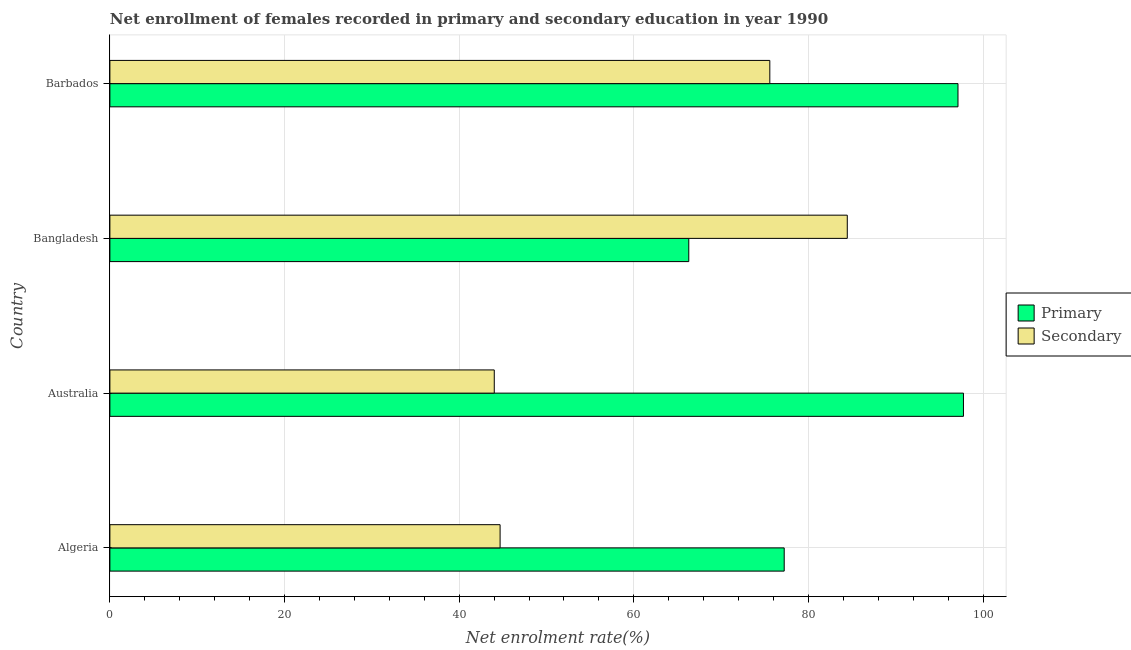
| Country | Primary | Secondary |
 | --- | --- | --- |
 | Algeria | 77.2 | 44.7 |
 | Australia | 97.8 | 44 |
 | Bangladesh | 66.3 | 84.5 |
 | Barbados | 97.1 | 75.6 |